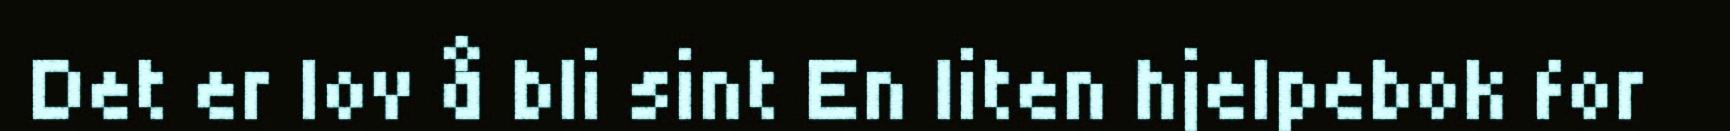
Det er lov å bli sint En liten hjelpebok for